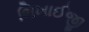
ભિખાઈજી